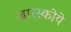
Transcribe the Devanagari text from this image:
जारस्कोये